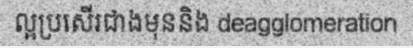
ល្អប្រសើរជាងមុននិង deagglomeration